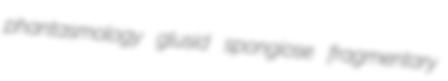
phantasmology glusid spongiose fragmentary